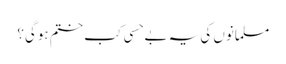
مسلمانوں کی یہ بے حِسی کب ختم ہوگی؟